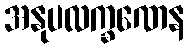
အနုပလက္ခဏေန